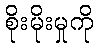
စိုးမိုးမှုကို